Lunatic asylums Central Provinces reports 1886-1894 - 1886-1894
Year: 1886
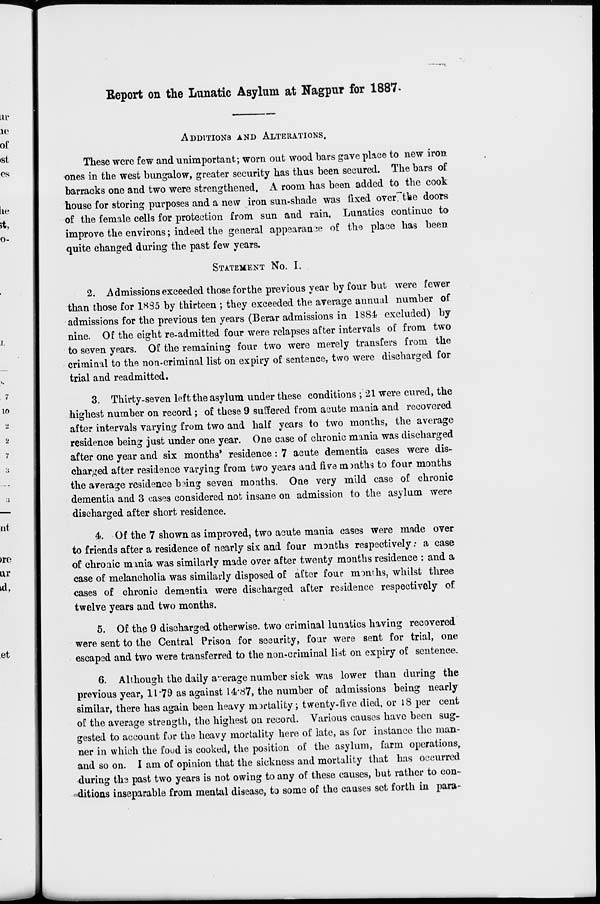
Report on the Lunatic Asylum at Nagpur for 1887.
ADDITIONS AND ALTERATIONS.
These were few and unimportant; worn out wood bars gave place to new iron
ones in the west bungalow, greater security has thus been secured. The bars of
barracks one and two were strengthened. A room has been added to the cook
house for storing purposes and a new iron sun-shade was fixed over the doors
of the female cells for protection from sun and rain, Lunatics continue to
improve the environs; indeed the general appearance of the place has been
quite changed during the past few years.
STATEMENT NO. I.
2. Admissions exceeded those for the previous year by four but were fewer
than those for 1885 by thirteen ; they exceeded the average annual number of
admissions for the previous ten years (Berar admissions in 1884 excluded) by
nine. Of the eight re-admitted four were relapses after intervals of from two
to seven years. Of the remaining four two were merely transfers from the
criminal to the non-criminal list on expiry of sentence, two were discharged for
trial and readmitted.
3. Thirty-seven left the asylum under these conditions ; 21 were cured, the
highest number on record; of these 9 suffered from acute mania and recovered
after intervals varying from two and half years to two months, the average
residence being just under one year. One case of chronic mania was discharged
after one year and six months' residence: 7 acute dementia cases were dis-
charged after residence varying from two years and five months to four months
the average residence being seven months. One very mild case of chronic
dementia and 3 cases considered not insane on admission to the asylum were
discharged after short residence.
4. Of the 7 shown as improved, two acute mania cases were made over
to friends after a residence of nearly six and four months respectively: a case
of chronic mania was similarly made over after twenty months residence : and a
case of melancholia was similarly disposed of after four months, whilst three
cases of chronic dementia were discharged after residence respectively of
twelve years and two months.
5. Of the 9 discharged otherwise. two criminal lunatics having recovered
were sent to the Central Prison for security, four were sent for trial, one
escaped and two were transferred to the non-criminal list on expiry of sentence.
6. Although the daily average number sick was lower than during the
previous year, 11.79 as against 14.87, the number of admissions being nearly
similar, there has again been heavy mortality; twenty-five died, or 18 per cent
of the average strength, the highest on record. Various causes have been sug-
gested to account for the heavy mortality here of late, as for instance the man-
ner in which the food is cooked, the position of the asylum, farm operations,
and so on. I am of opinion that the sickness and mortality that has occurred
during the past two years is not owing to any of these causes, but rather to con-
ditions inseparable from mental disease, to some of the causes set forth in para-